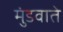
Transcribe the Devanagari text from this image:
मुंडवाते